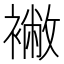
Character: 襒